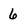
Character: 6